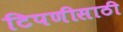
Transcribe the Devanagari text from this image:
टिपणीसाठी